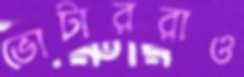
ভোটাররাও